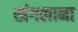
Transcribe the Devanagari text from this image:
खंगलाना